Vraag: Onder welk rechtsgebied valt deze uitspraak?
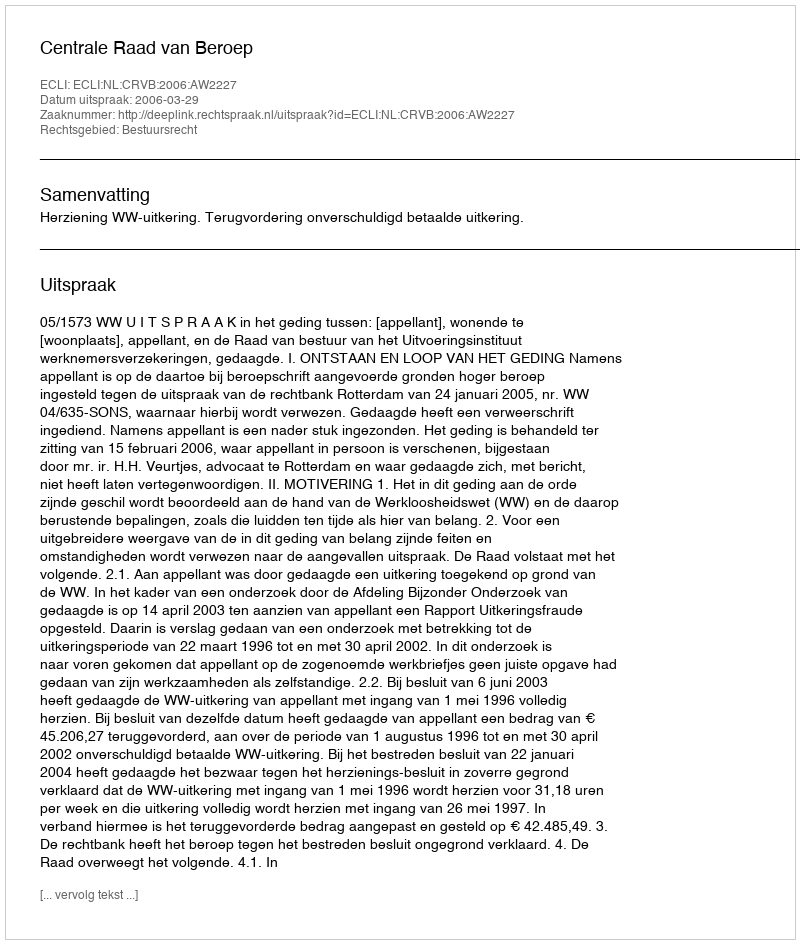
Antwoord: Bestuursrecht